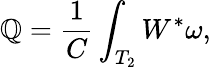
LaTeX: \mathbb{Q}=\frac{{1}}{{C}}\int_{T_{2}}W^{*}\omega,